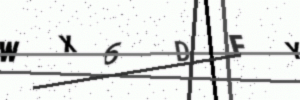
Text: WX6DFY